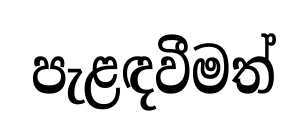
පැළඳවීමත්